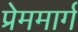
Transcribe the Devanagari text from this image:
प्रेममार्ग